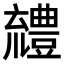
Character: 𧰖